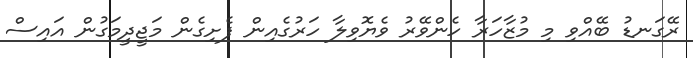
ރޭގަނޑު ބޭއްވި މި މުޒާހަރާ ހެންވޭރު ވެޔޮވިލާ ހަރުގެއިން ފެށިގެން މަޖީދީމަގުން އައިސް